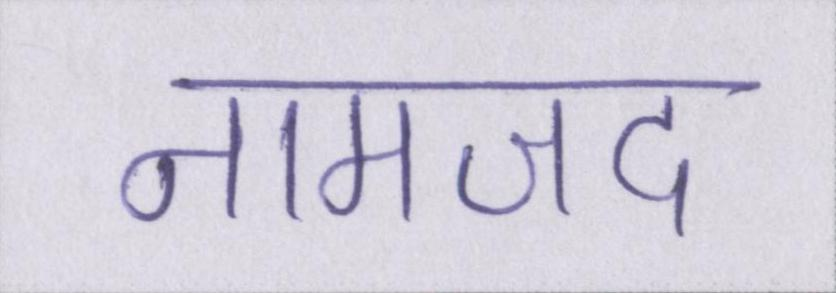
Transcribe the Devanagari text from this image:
नामजद